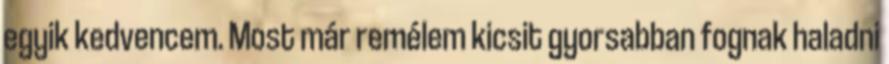
egyik kedvencem. Most már remélem kicsit gyorsabban fognak haladni